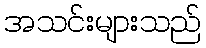
အသင်းများသည်